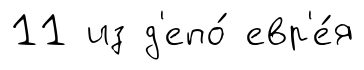
11 из д'епо́ евр'е́я